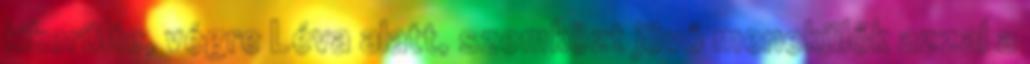
kikerülte, végre Léva alatt, szemközt jövő menekülők azzal a